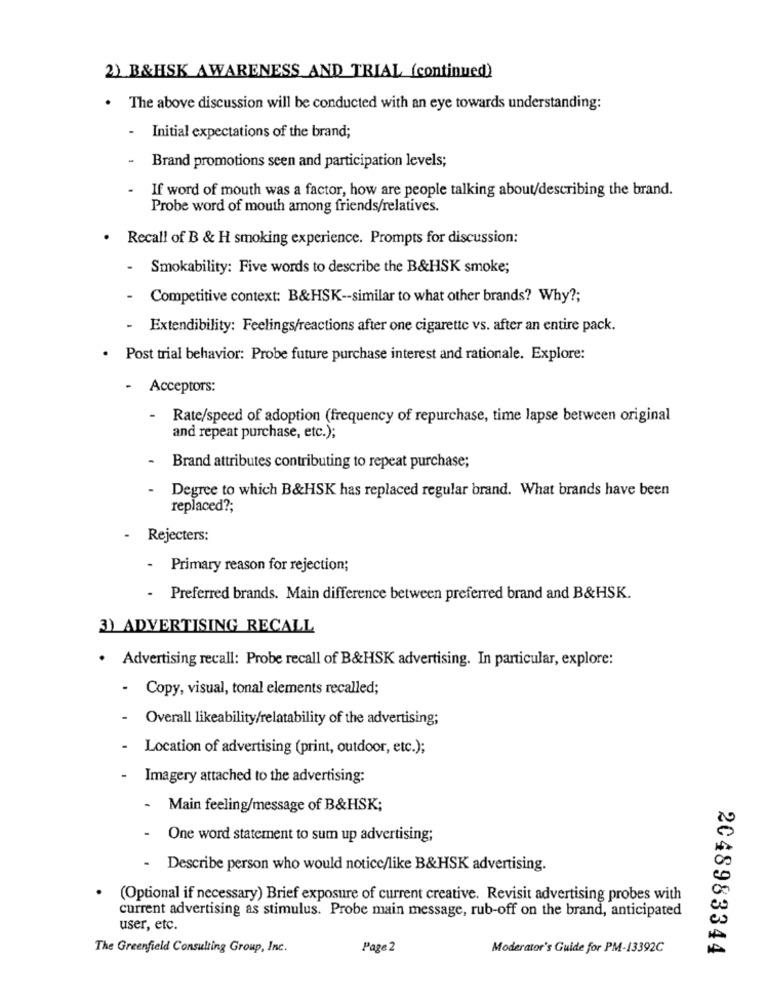
2) B&HSK AWARENESS AND TRIAL (continued)
. The above discussion will be conducted with an eye towards understanding:
- Initial expectations of the brand;
Brand promotions seen and participation levels;
If word of mouth was a factor, how are people talking about/describing the brand.
Probe word of mouth among friends/relatives.
· Recall of B & H smoking experience. Prompts for discussion:
Smokability: Five words to describe the B&HSK smoke;
- Competitive context: B&HSK -- similar to what other brands? Why ?;
- Extendibility: Feelings/reactions after one cigarette vs. after an entire pack.
· Post trial behavior: Probe future purchase interest and rationale. Explore:
- Acceptors:
Rate/speed of adoption (frequency of repurchase, time lapse between original
and repeat purchase, etc.);
Brand attributes contributing to repeat purchase;
Degree to which B&HSK has replaced regular brand. What brands have been
replaced ?;
.
Rejecters:
- Primary reason for rejection;
- Preferred brands. Main difference between preferred brand and B&HSK.
3) ADVERTISING RECALL
· Advertising recall: Probe recall of B&HSK advertising. In particular, explore:
.
Copy, visual, tonal elements recalled;
Overall likeability/relatability of the advertising;
Location of advertising (print, outdoor, etc.);
Imagery attached to the advertising:
- Main feeling/message of B&HSK;
One word statement to sum up advertising;
Describe person who would notice/like B&HSK advertising.
(Optional if necessary) Brief exposure of current creative. Revisit advertising probes with
current advertising as stimulus. Probe main message, rub-off on the brand, anticipated
user, etc.
The Greenfield Consulting Group, Inc.
Page 2
Moderator's Guide for PM-13392C
2048983344